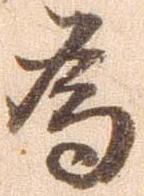
為